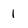
Character: 1